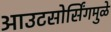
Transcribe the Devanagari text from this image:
आउटसोर्सिंगमुळे